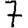
Digit: 7